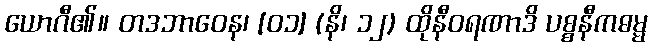
ယောဂီ၏။ တဒဘာဝေန၊ [၀၁] (နိ၊ ၁၂) ထိုနီဝရဏာဒိ ပစ္စနီကဓမ္မ